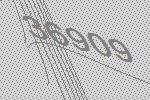
36909